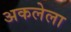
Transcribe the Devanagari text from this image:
अकलेला